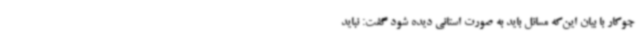
جوکار با بیان این‌که مسائل باید به صورت استانی دیده شود گفت: نباید